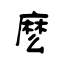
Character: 麽